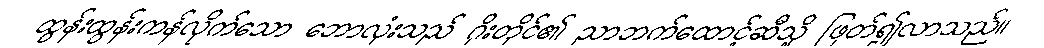
ထွန်းထွန်းကန်လိုက်သော ဘောလုံးသည် ဂိုးတိုင်၏ ညာဘက်ထောင့်ဆီသို့ ဖြတ်၍လာသည်။